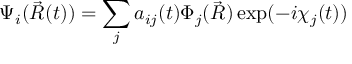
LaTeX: \Psi _ { i } ( \vec { R } ( t ) ) = \sum _ { j } a _ { i j } ( t ) \Phi _ { j } ( \vec { R } ) \exp ( - i \chi _ { j } ( t ) )